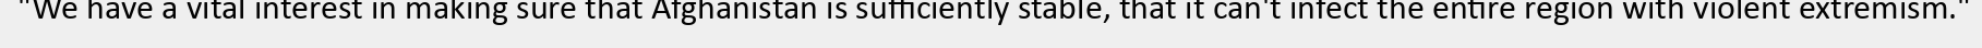
"We have a vital interest in making sure that Afghanistan is sufficiently stable, that it can't infect the entire region with violent extremism."